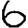
Digit: 6